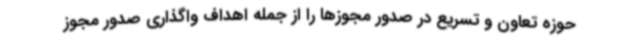
حوزه تعاون و تسریع در صدور مجوزها را از جمله اهداف واگذاری صدور مجوز